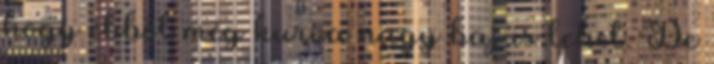
hogy ebből még kurva nagy baj is lehet. De